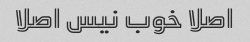
اصلا خوب نیس اصلا